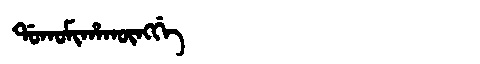
Manchu: ᡩᠣᡴᠣᠮᡳᡥᠠᡴᡡᠩᡤᡝ
Romanization: DOKOMIHAKŪNGGE